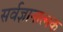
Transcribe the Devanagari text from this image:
सर्वज्ञानात्मक